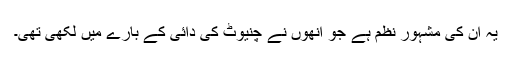
یہ ان کی مشہور نظم ہے جو انھوں نے چنیوٹ کی دائی کے بارے میں لکھی تھی۔